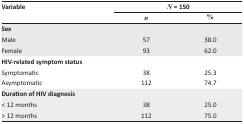
| <ROWSPAN=3> Variable | <COLSPAN=2> N = 150 |
 | n | % |
 | --- | --- | --- |
 | Sex |  |  |
 | Male | 57 | 38.0 |
 | Female | 93 | 62.0 |
 | HIV-related symptom status |  |  |
 | Symptomatic | 38 | 25.3 |
 | Asymptomatic | 112 | 74.7 |
 | Duration of HIV diagnosis |  |  |
 | < 12 months | 38 | 25.0 |
 | > 12 months | 112 | 75.0 |